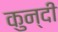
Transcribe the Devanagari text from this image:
कुन्दी